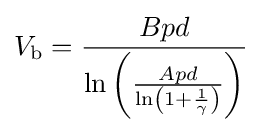
V_{\text{b}}={Bpd \over \ln \left({Apd \over \ln \left(1+{1 \over \gamma }\right)}\right)}